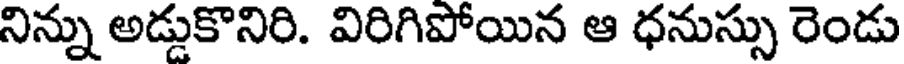
నిన్ను అడ్డుకొనిరి. విరిగిపోయిన ఆ ధనుస్సు రెండు